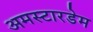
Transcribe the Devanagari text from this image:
अमस्टारडेम